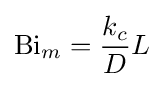
\mathrm {Bi} _{m}={\frac {k_{c}}{D}}L